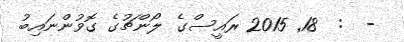
-  :  18